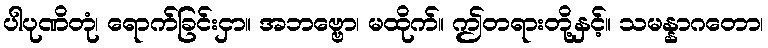
ပါပုဏိတုံ၊ ရောက်ခြင်းငှာ။ အဘဗ္ဗော၊ မထိုက်။ ဤတရားတို့နှင့်။ သမန္နာဂတော၊